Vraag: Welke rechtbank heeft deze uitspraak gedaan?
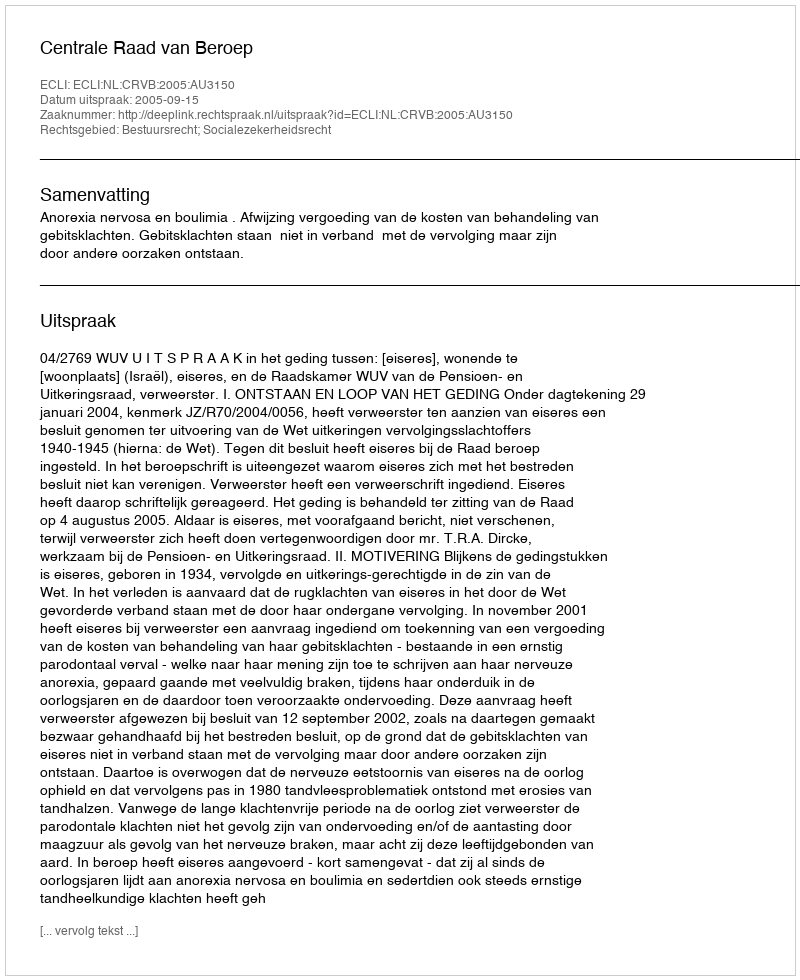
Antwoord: Centrale Raad van Beroep